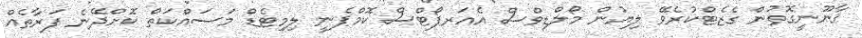
ޤާނޫނީގޮތުން ގެޒެޓްކުރެވޭ ލިޔުން މޯލްޑިވްސް އެއަރޕޯޓްސް ކޮމްޕެނީ ލިމިޓެޑް މަސައްކަތް ކޮށްދޭނެ ފަރާތެއް